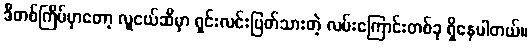
ဒီတစ်ကြိမ်မှာတော့ လူငယ်ဆီမှာ ရှင်းလင်းပြတ်သားတဲ့ လမ်းကြောင်းတစ်ခု ရှိနေပါတယ်။